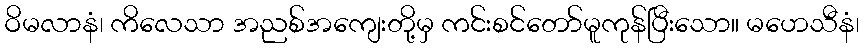
ဝိမလာနံ၊ ကိလေသာ အညစ်အကျေးတို့မှ ကင်းစင်တော်မူကုန်ပြီးသော။ မဟေသီနံ၊